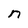
Character: n